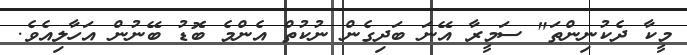
މީކާ ދެކުނިންތަ" ސަމީރާ އޭނަ ބަދިގެން ނުކުތް އެންމެ ބޮޑު ބޭނުން އަހާލިއެވެ.